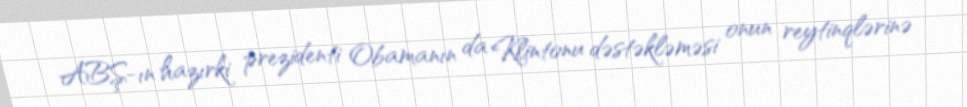
ABŞ-ın hazırki prezidenti Obamanın da Klintonu dəstəkləməsi onun reytinqlərinə